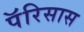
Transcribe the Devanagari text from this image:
पॅरिसास